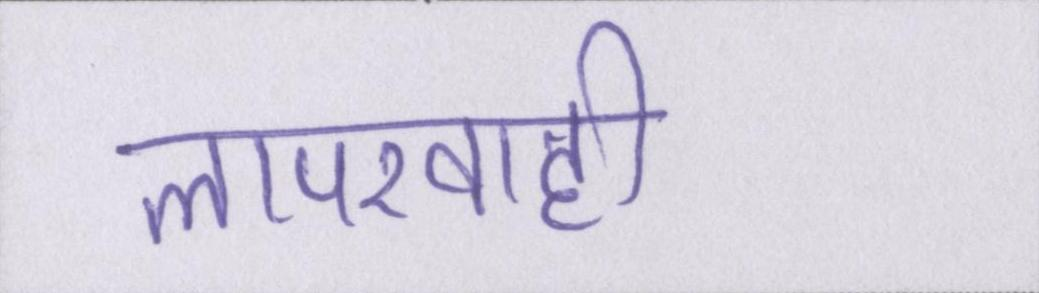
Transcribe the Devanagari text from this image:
लापरवाही